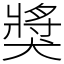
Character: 獎